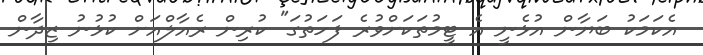
އެކަމަކު ބަޔާން އުޅެނީ އެ ޓީމުތަކަށްވުރެ ފަހަތުގަ" ކުރިން ރެއާލްއަށް ކުޅުނު ޒިދާން